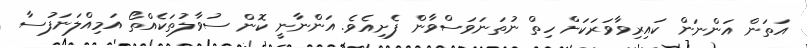
އަތަން އަންނަން ކައިރިވާވަރަކަށް ހިތް ނުތަނަވަސްވާން ފެށިއެވެ. އަންނާނީ ކޮން ސުވާލުތަކެއްތޯ އަމިއްލަނަފުސާ